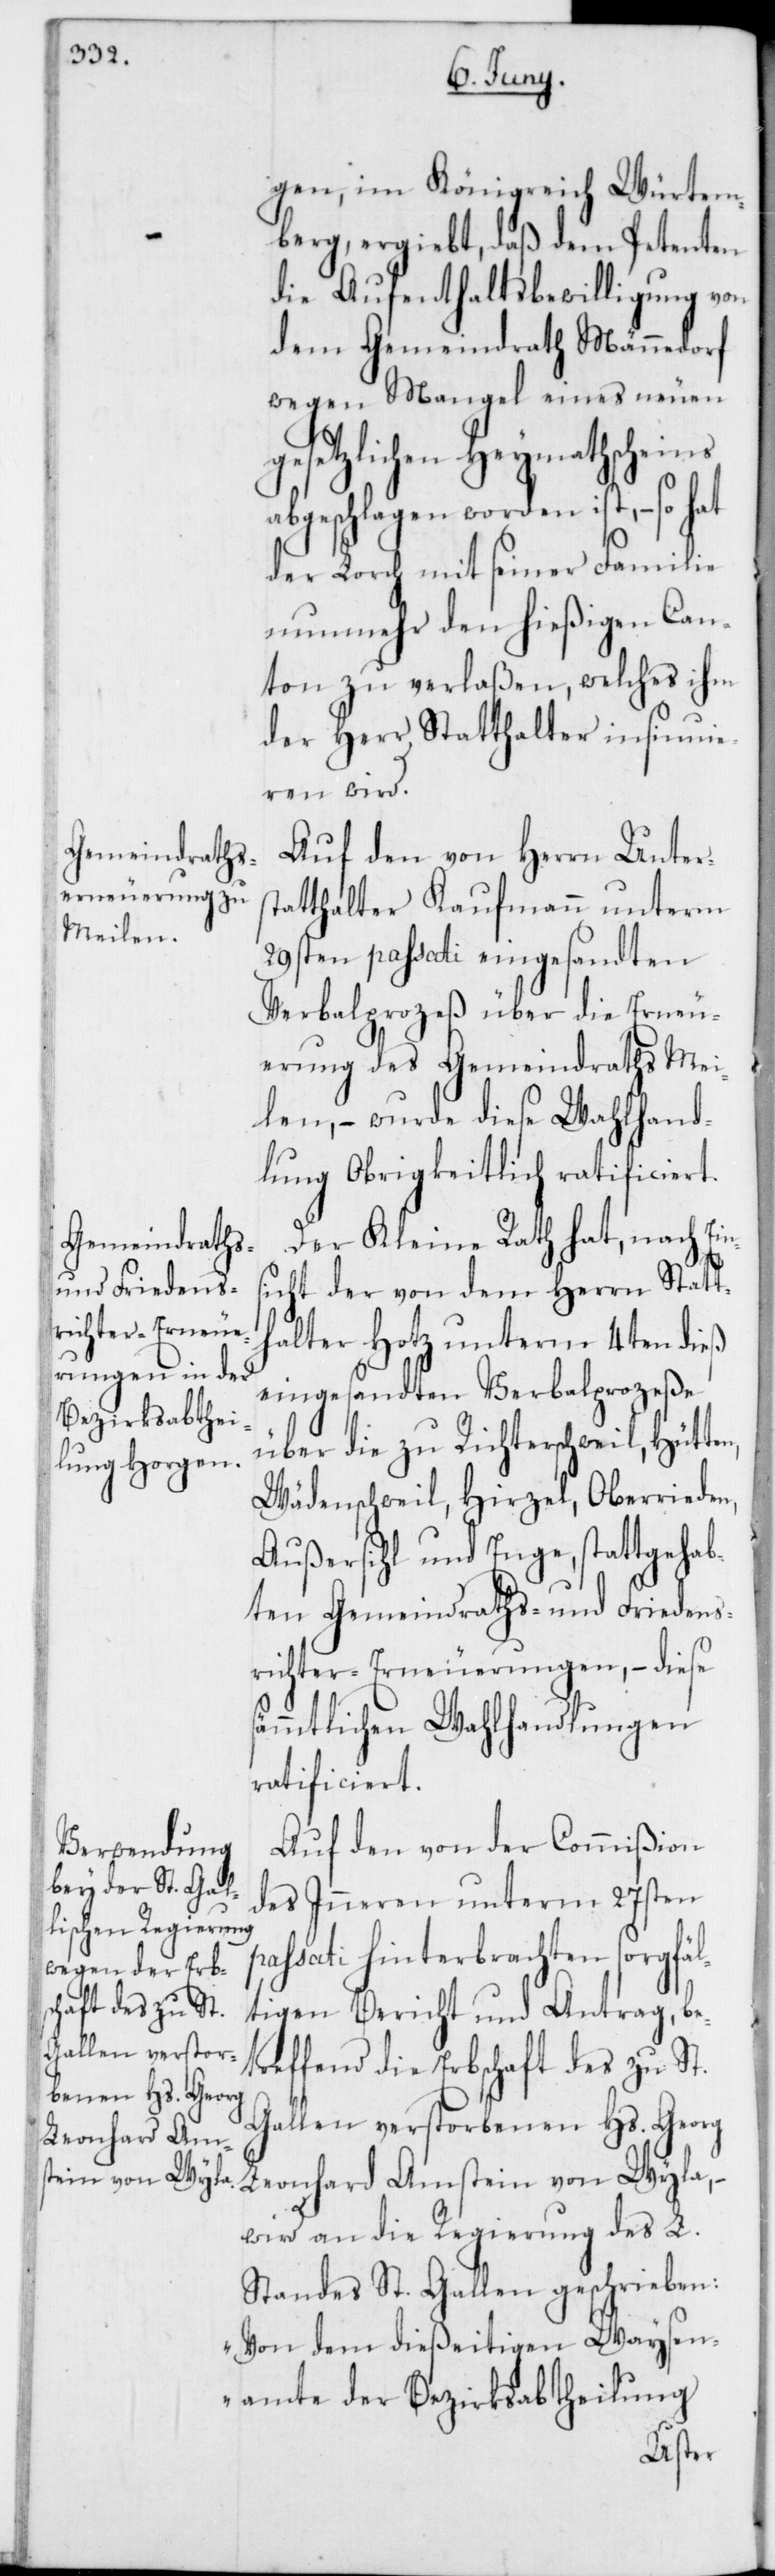
gen, im Königreich Würtem¬
berg ergiebt, daß dem Petenten
die Aufenthaltsbewilligung von
dem Gemeindrath Männedorf
wegen Mangel eines neuen
gesetzlichen Heymathscheins
abgeschlagen worden ist, – so hat
der Lorch mit seiner Familie
nunmehr den hießigen Can¬
ton zu verlaßen, welches ihm
der Herr Statthalter insinuie¬
ren wird.
Auf den von Herrn Unters¬
tatthalter Kaufmann unterm
29sten passati eingesandten
Verbalprozeß über die Erneu¬
erung des Gemeindraths Mei¬
len, – wurde diese Wahlhand¬
lung Obrigkeitlich ratificiert.
Der Kleine Rath hat, nach Ein¬
sicht der von dem Herrn Statth¬
alter Hotz unterm 4ten dieß
eingesandten Verbalprozeße
über die zu Richterschweil, Hütten,
Wädenschweil, Hirzel, Oberrieden,
Außersihl und Enge, stattgehab¬
ten Gemeindraths- und Friedens¬
richter-Erneuerungen, – diese
sämmtlichen Wahlhandlungen
ratificiert.
Auf den von der Commißion
des Inneren unterm 27sten
passati hinterbrachten sorgfäl¬
tigen Bericht und Antrag, be¬
treffend die Erbschaft des zu St.
Gallen verstorbenen Hs. Georg
Leonhard Amstein von Wla,
wird an die Regierung des L.
Standes St. Gallen geschrieben:
„Von dem dießeitigen Waysen¬
amte der Bezirksabtheilung